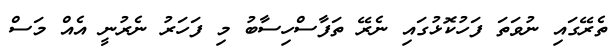
ތެރޭގައި ނުވަތަ ފަހުކޮޅުގައި ނެރޭ ތަފާސްހިސާބު މި ފަހަރު ނެރުނީ އެއް މަސް